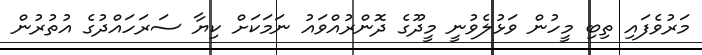
މަރުވެފައި ތިބި މީހުން ވަޅުލެވުނީ މީދޫގެ ދޮންރުއްވައު ނަމަކަށް ކިޔާ ސަރަހައްދުގެ އުތުރުން